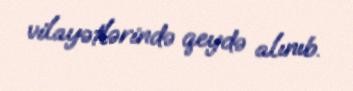
vilayətlərində qeydə alınıb.